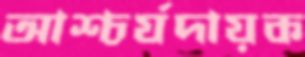
আশ্চর্যদায়ক